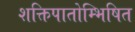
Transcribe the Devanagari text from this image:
शक्तिपातोम्भिषित